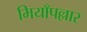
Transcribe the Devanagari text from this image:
मियाँपल्लार